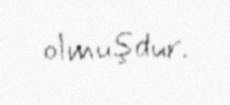
olmuşdur.